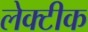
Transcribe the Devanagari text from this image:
लेक्टीक